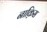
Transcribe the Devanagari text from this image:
नाक़िस